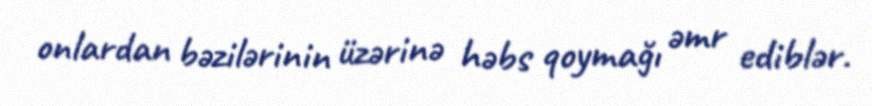
onlardan bəzilərinin üzərinə həbs qoymağı əmr ediblər.